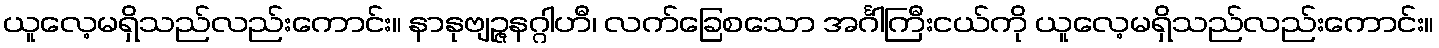
ယူလေ့မရှိသည်လည်းကောင်း။ နာနုဗျဉ္ဇနဂ္ဂါဟီ၊ လက်ခြေစသော အင်္ဂါကြီးငယ်ကို ယူလေ့မရှိသည်လည်းကောင်း။